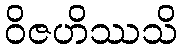
ဝိဇဟိဿသိ